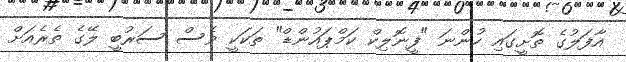
އާފަލުގެ ތޮށީގައި ހުންނަ "ފީނޮލިކް ކަމްޕައުންޑް" ތަކަކީ ވެސް ސަރުބީ ލޭގެ ތެރެއަށް